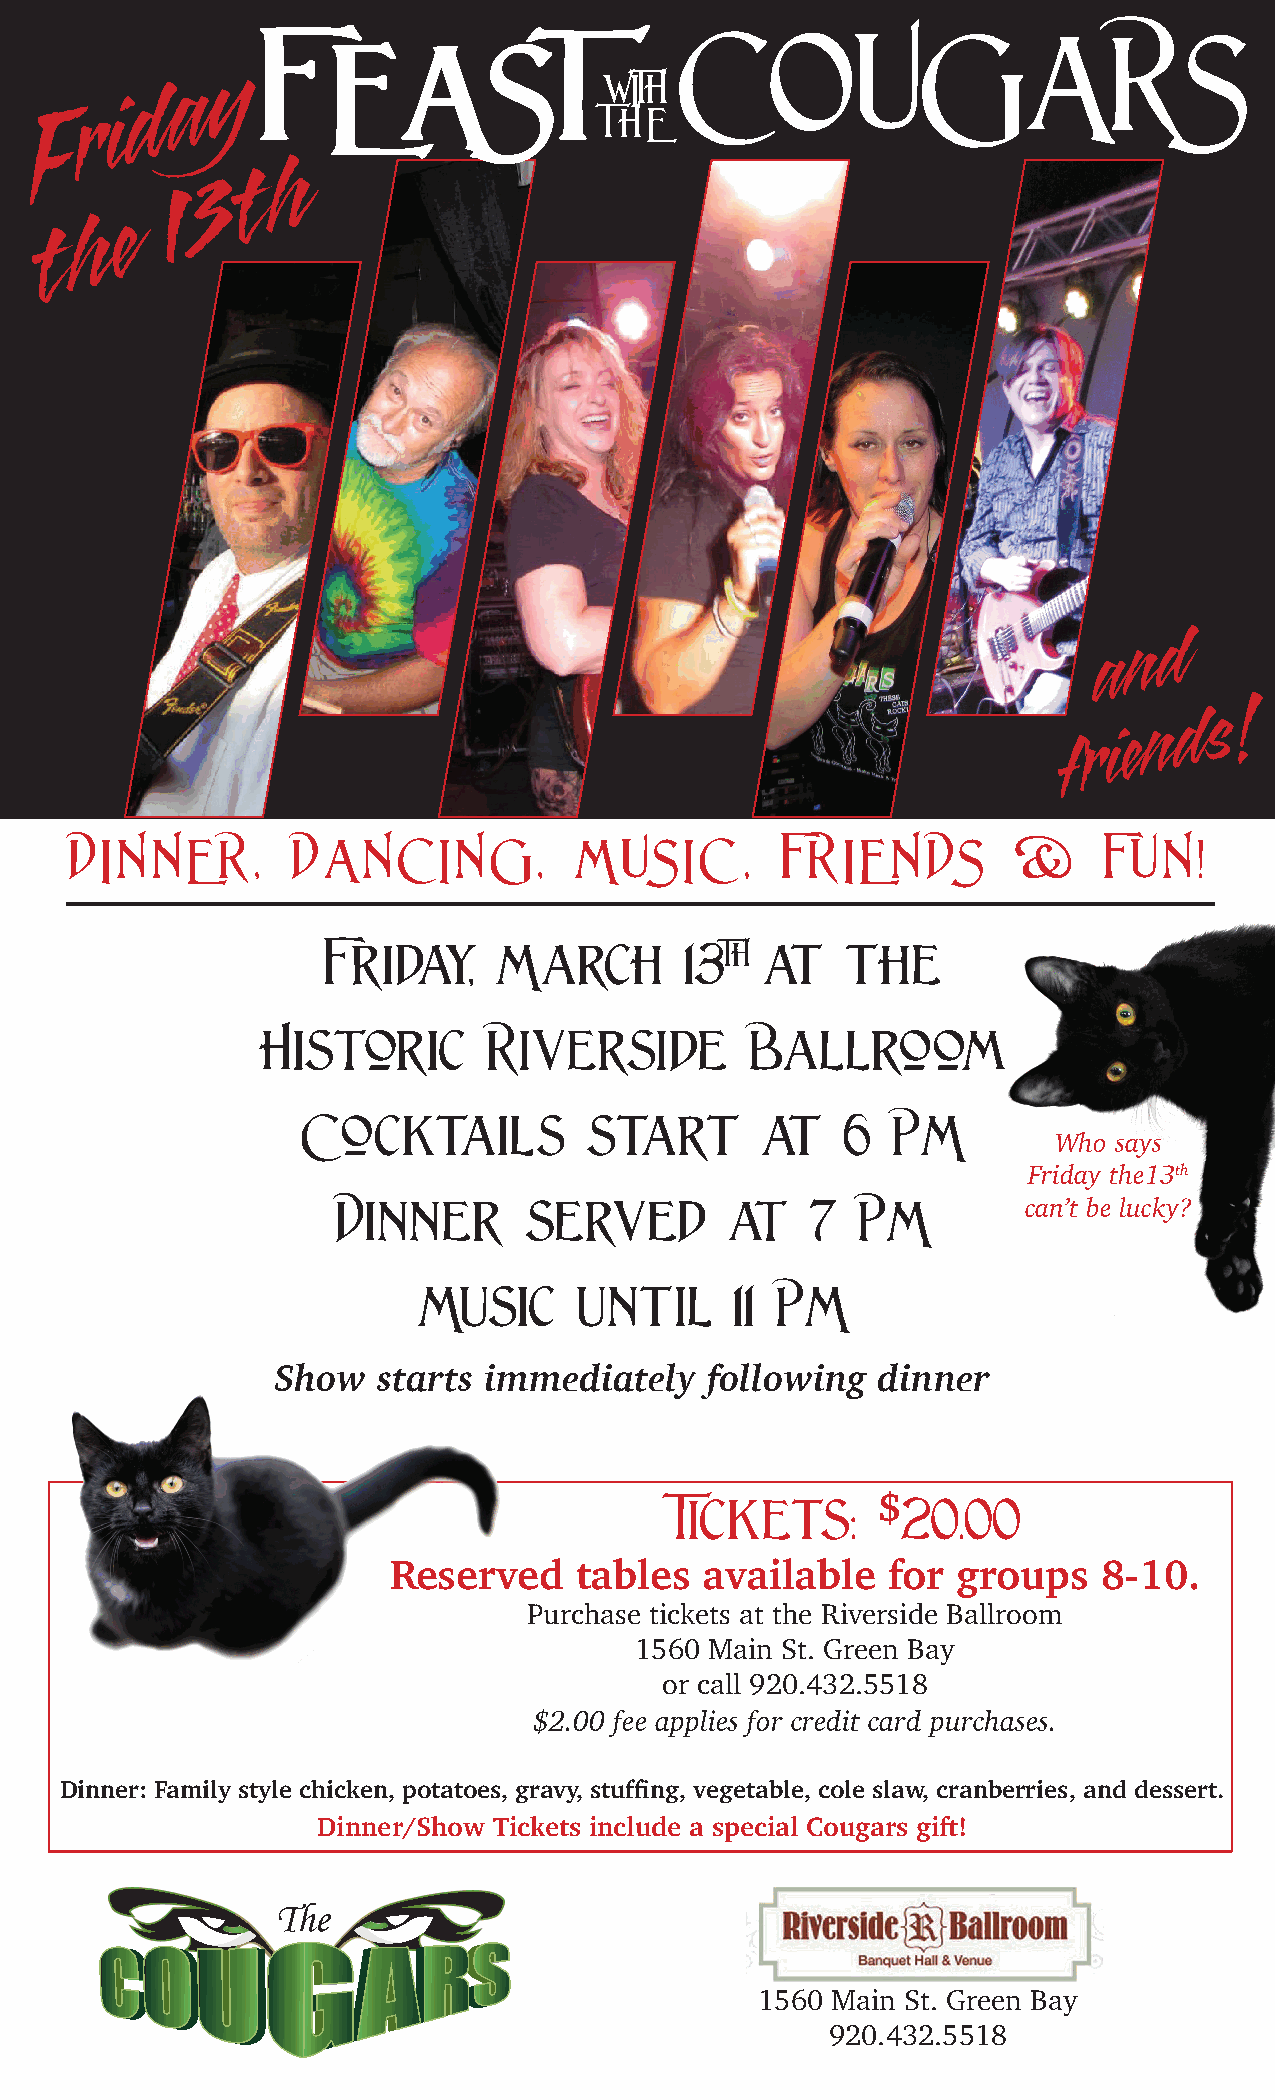
COUGARS
 FEAST
 y
 a                           WITH
 d
 r i
 F                                    THE
 h
 t
 3
 1
 e
 h
 t
 d
 n
 a
 !
 d  s
 n
 f r i e
 DINNER,       DANCING,           MUSIC      ,  FRIENDS        &     FUN!
 Friday,     March       13TH  at   the
 Historic       Riverside         Ballroom
 Cocktails          start      at    6  PM
 Who says
 Friday the13th
 Dinner       served       at    7  PM
 can’t be lucky?
 Music     until      11 PM
 Show   starts immediately    following  dinner
 Tickets:     $20.00
 Reserved    tables   available   for groups    8-10.
 Purchase tickets at the Riverside Ballroom
 1560 Main St. Green Bay
 or call 920.432.5518
 $2.00 fee applies for credit card purchases.
 Dinner: Family style chicken, potatoes, gravy, stuffing, vegetable, cole slaw, cranberries, and dessert.
 Dinner/Show Tickets include a special Cougars gift!
 1560 Main St. Green Bay
 920.432.5518